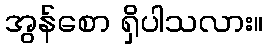
အွန်စော ရှိပါသလား။